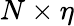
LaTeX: N\times\eta